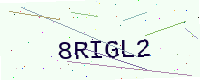
Text: 8RIGL2